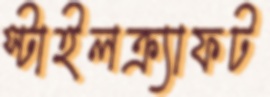
স্টাইলক্র্যাফট